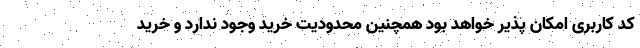
کد کاربری امکان پذیر خواهد بود همچنین محدودیت خرید وجود ندارد و خرید